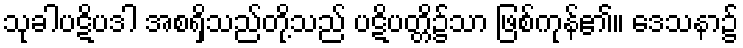
သုခါပဋိပဒါ အစရှိသည်တို့သည် ပဋိပတ္တိ၌သာ ဖြစ်ကုန်၏။ ဒေသနာ၌